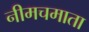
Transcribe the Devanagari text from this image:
नीमचमाता